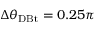
\Delta \theta _ { \mathrm { D B t } } = 0 . 2 5 \pi